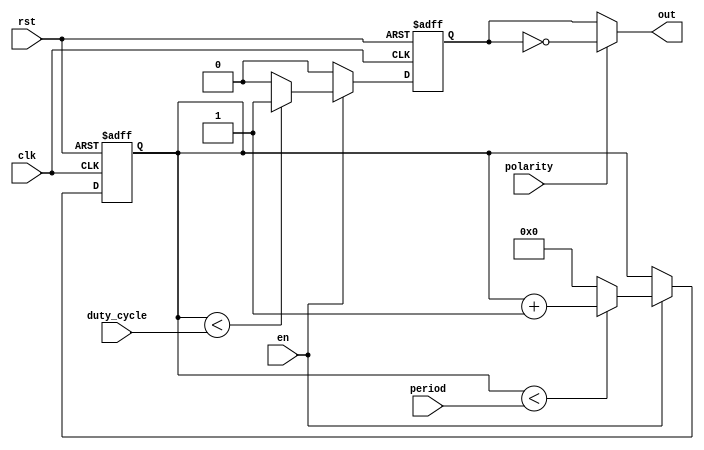
module pwm (input                     rst,
            input                     en,
            input [COUNTER_WIDTH-1:0] period,
            input [COUNTER_WIDTH-1:0] duty_cycle,
            input                     polarity,
            input                     clk,
            output                    out,
           );

parameter COUNTER_WIDTH = 32;
reg out_pwm;
reg [COUNTER_WIDTH-1:0] count;

initial begin
    count <= 0;
end

assign out = (polarity == 1'b0) ? out_pwm : !out_pwm;

always @ (posedge clk or posedge rst)
begin
    if (rst) begin
        out_pwm <= 1'b0;
        count <= 0;
    end else begin
        if (en == 1'b0) begin
            out_pwm <= 1'b0;
        end else begin
            if (count < period) begin
                count <= count + 1'b1;
            end else begin
                count <= 0;
            end

            if (count < duty_cycle) begin
                out_pwm <= 1;
            end else begin
                out_pwm <= 0;
            end
        end
    end
end

endmodule